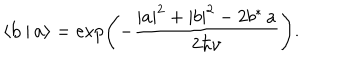
\langle { \bf b } \, | \, { \bf a } \rangle = \exp \left( - \frac { | a | ^ { 2 } + | b | ^ { 2 } - 2 b ^ { * } \, a } { 2 \hbar \nu } \right) .